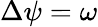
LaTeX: \Delta\psi=\omega